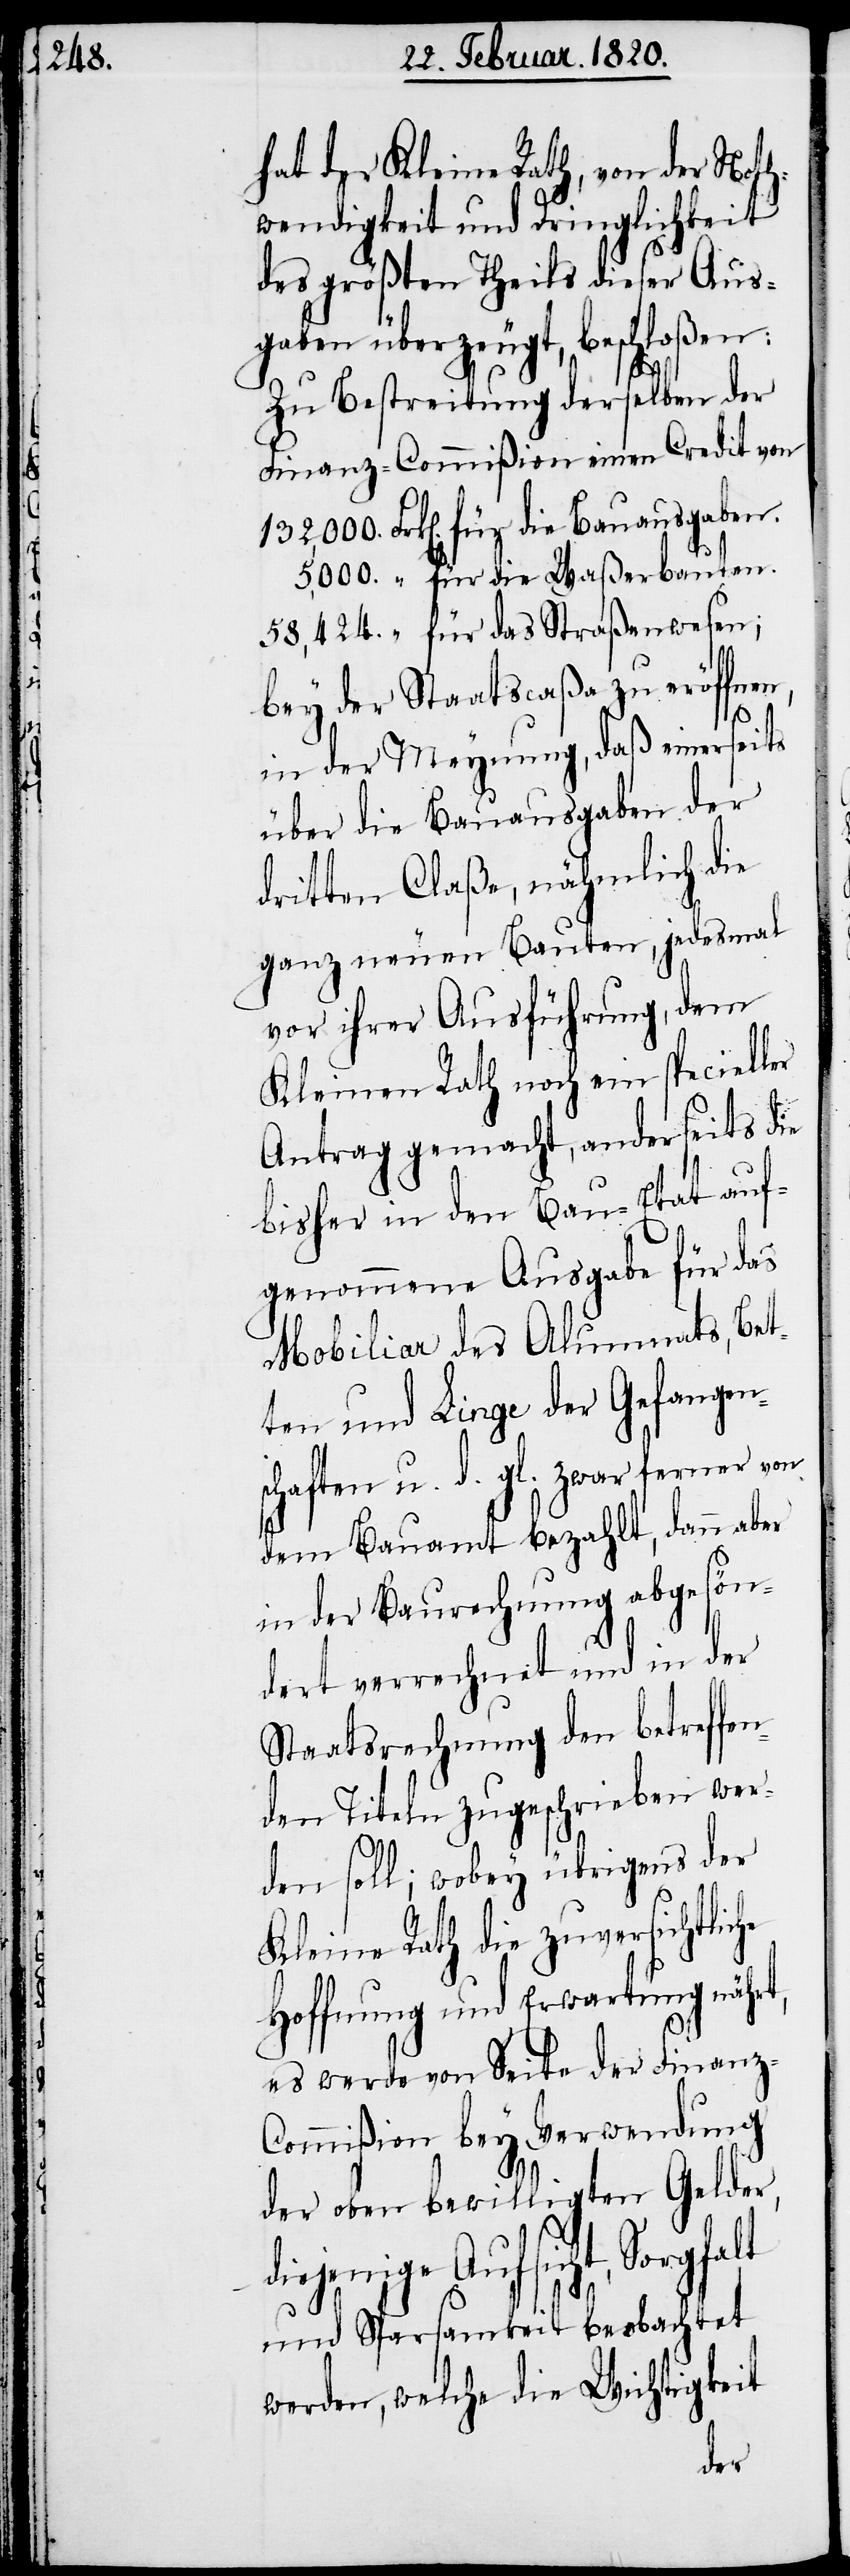
hat der Kleine Rath, von der Noth¬
wendigkeit und Dringlichkeit
des größten Theils dieser Aus¬
gaben überzeugt, beschloßen:
Zu Bestreitung derselben der
Finanz-Commißion einen Credit von
für das Straßenwesen;
bey der Staatscaßa zu eröffnen,
in der Meynung, daß einerseits
über die Bauausgaben der
dritten Claße, nähmlich die
ganz neuen Bauten, jedesmal
vor ihrer Ausführung, dem
Kleinen Rath noch ein specieller
Antrag gemacht, anderseits die
bisher in den Bau-Etat auf¬
genommene Ausgabe für das
Mobiliar des Alumnats, Bet¬
ten und Linge der Gefangen¬
schaften u. d. gl. zwar ferner von
dem Bauamt bezahlt, dann aber
in der Baurechnung abgesön¬
dert verrechnet und in der
Staatsrechnung den betreffen¬
den Titeln zugeschrieben wer¬
den soll; wobey übrigens der
Kleine Rath die zuversichtlic¬
Hoffnung und Erwartung
es werde von Seite der Finanz-C¬
ommißion bey Verwendung
der oben bewilligten Gelder,
diejenige Aufsicht,
und Sparsamkeit beobachtet
werden, welche die Wichtigkeit
he